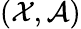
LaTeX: ({\mathcal{X}},{\mathcal{A}})